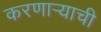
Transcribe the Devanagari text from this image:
करणार्‍याची